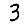
Digit: 3